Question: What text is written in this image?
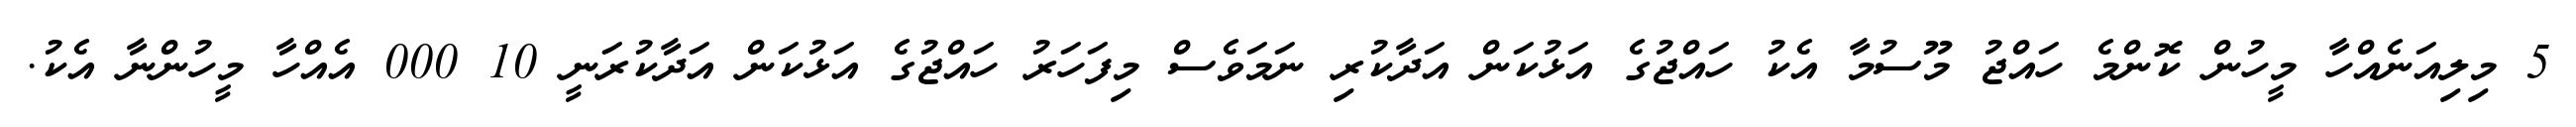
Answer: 5 މިލިއަނެއްހާ މީހުން ކޮންމެ ހައްޖު މޫސުމާ އެކު ހައްޖުގެ އަޅުކަން އަދާކުރި ނަމަވެސް މިފަހަރު ހައްޖުގެ އަޅުކަން އަދާކުރަނީ 10 000 އެއްހާ މީހުންނާ އެކު.